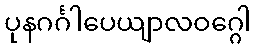
ပုနဂင်္ဂါပေယျာလဝဂ္ဂေါ